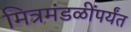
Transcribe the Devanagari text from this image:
मित्रमंडळींपर्यंत